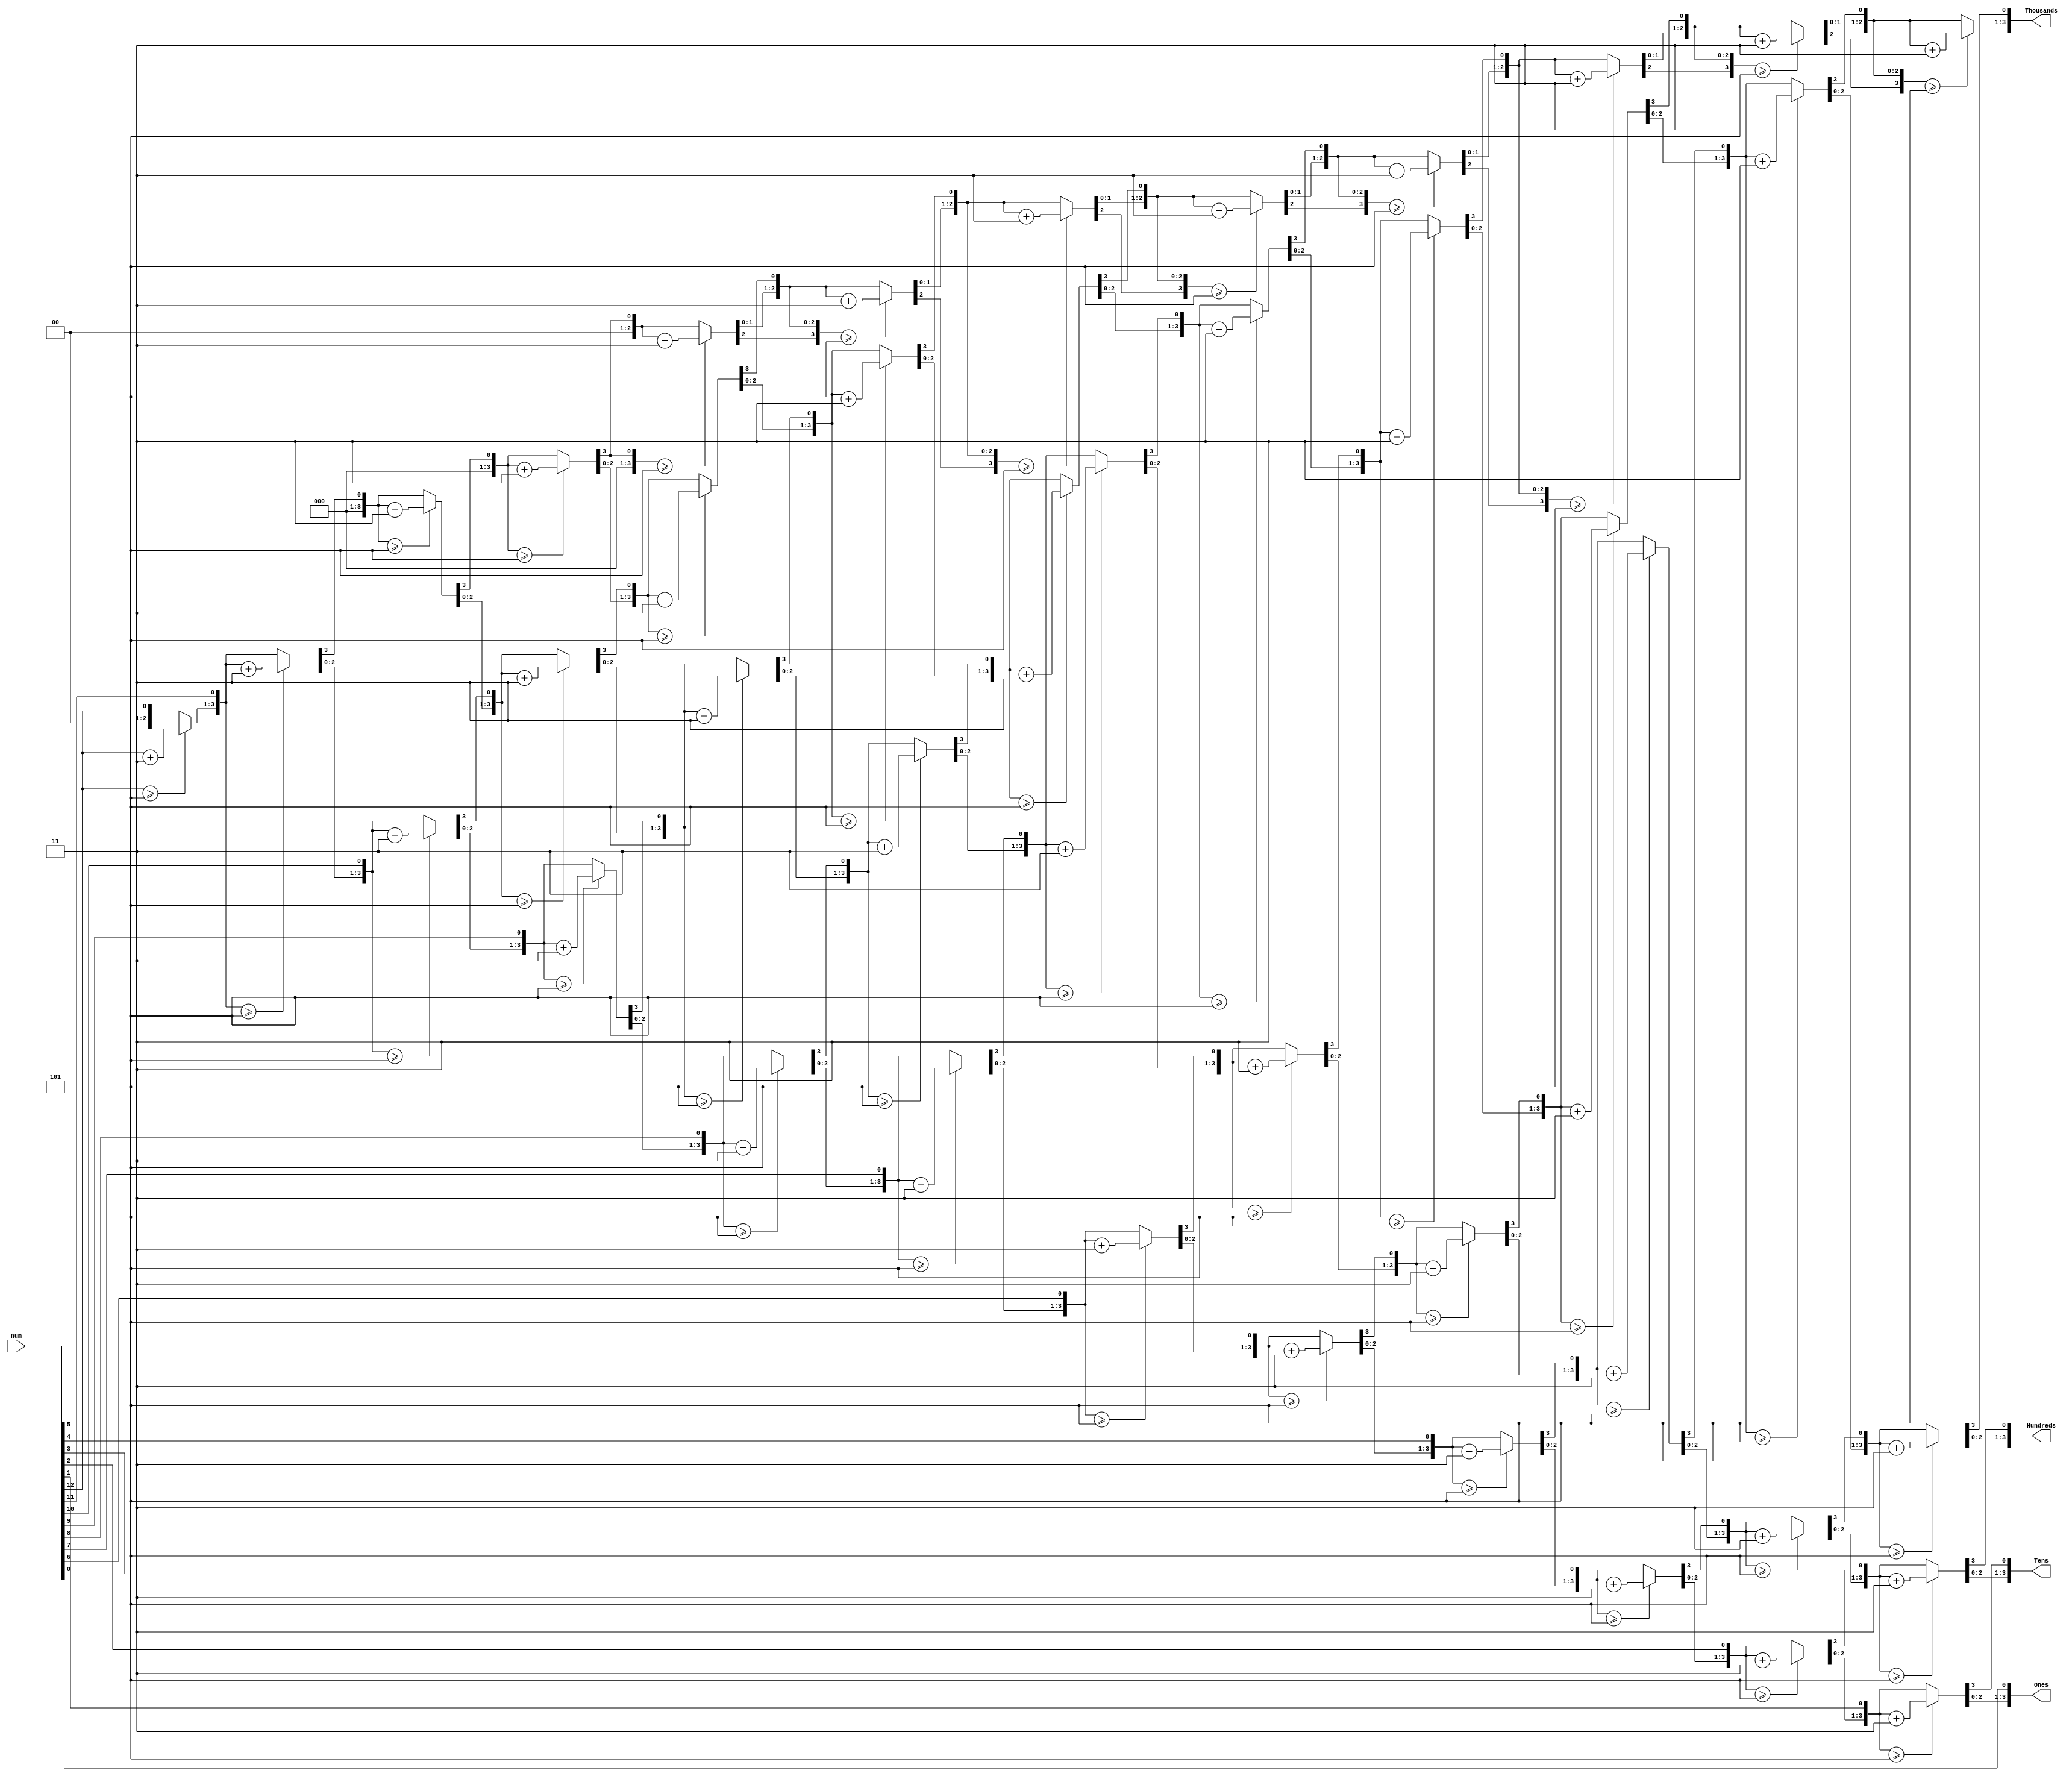
module BCD ( 
input [12:0] num, 
output reg [3:0] Thousands,
output reg [3:0] Hundreds, 
output reg [3:0] Tens, 
output reg [3:0] Ones 
); 
integer i; 
always @(num) 
begin 
//initialization 
 Hundreds = 4'd0; 
 Tens = 4'd0; 
 Ones = 4'd0; 
 Thousands  = 4'd0; 
for (i = 12; i >= 0 ; i = i-1 ) 
begin 
if(Thousands  >= 5 ) 
 Thousands = Thousands + 3; 
if(Hundreds >= 5 ) 
 Hundreds = Hundreds + 3; 
if (Tens >= 5 ) 
 Tens = Tens + 3; 
 if (Ones >= 5) 
 Ones = Ones +3; 
//shift left one 
Thousands = Thousands  <<1;
Thousands [0]=Hundreds [3];
 Hundreds = Hundreds << 1; 
 Hundreds [0] = Tens [3]; 
 Tens = Tens << 1; 
 Tens [0] = Ones[3]; 
 Ones = Ones << 1; 
 Ones[0] = num[i]; 
end 
end 
endmodule 
module Four_Digit_Seven_Segment_Driver ( 
 input CLK100MHZ, 
 input [12:0] SW, 
 output reg [3:0] AN, 
 output reg [6:0] SEG 
 ); 
 
 reg [3:0] LED_BCD; 
 reg [19:0] refresh_counter = 0; // 20-bit counter 
 wire [1:0] LED_activating_counter; 
 always @(posedge CLK100MHZ) 
 begin 
 if (refresh_counter == 1048575 ) refresh_counter <=0;
 else refresh_counter <= refresh_counter + 1; 
 end 
 
 assign LED_activating_counter = refresh_counter[19:18]; 
 
 wire [3:0]Hundreds ;
 wire [3:0] Tens ;
 wire [3:0]Ones; 
 wire [3:0]Thousands ;
 BCD bcd (SW,Thousands ,Hundreds ,Tens , Ones);

 always @(*) 
 begin 
 case(LED_activating_counter) 
 2'b00: begin
 AN = 4'b0111; 
 LED_BCD = Thousands ; 
 end 
 2'b01: begin
 AN = 4'b1011; 
 LED_BCD = Hundreds ; 
 end 
 2'b10: begin
 AN = 4'b1101;
 LED_BCD = Tens;
 end 
 2'b11: begin
 AN = 4'b1110; 
 LED_BCD=Ones;
 end 
 endcase 
 end 
 
 
 always @(*) 
 begin 
 case(LED_BCD) 
 4'b0000: SEG = 7'b0000001; // "0" 
 4'b0001: SEG = 7'b1001111; // "1" 
 4'b0010: SEG = 7'b0010010; // "2" 
 4'b0011: SEG = 7'b0000110; // "3" 
 4'b0100: SEG = 7'b1001100; // "4" 
 4'b0101: SEG = 7'b0100100; // "5" 
 4'b0110: SEG = 7'b0100000; // "6" 
 4'b0111: SEG = 7'b0001111; // "7" 
 4'b1000: SEG = 7'b0000000; // "8" 
 4'b1001: SEG = 7'b0000100; // "9" 
 default: SEG = 7'b0000001; // "0" 
 endcase 
 end 
endmodule